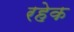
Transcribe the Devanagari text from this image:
रहेक